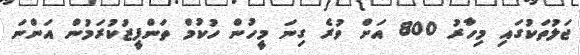
ޖަލުތަކުގައި މިހާރު 800 އަށް ވުރެ ގިނަ މީހުން ހުކުމް ތަންފީޒުކުރަމުން އަންނަ